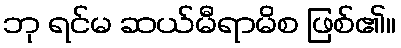
ဘု ရင်မ ဆယ်မီရာမိစ ဖြစ်၏။